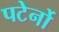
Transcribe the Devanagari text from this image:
पटेर्नो